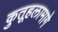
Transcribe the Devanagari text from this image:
कुतूहलामागे